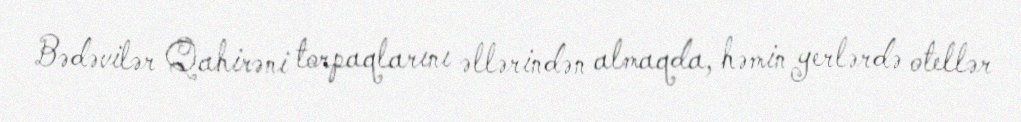
Bədəvilər Qahirəni torpaqlarını əllərindən almaqda, həmin yerlərdə otellər